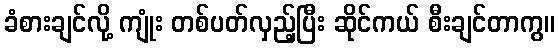
ခံစားချင်လို့ ကျုံး တစ်ပတ်လှည့်ပြီး ဆိုင်ကယ် စီးချင်တာကွ။